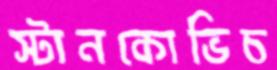
স্টানকোভিচ